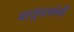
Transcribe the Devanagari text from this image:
वायुदलांनी